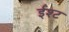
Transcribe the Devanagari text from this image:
ईश्ट